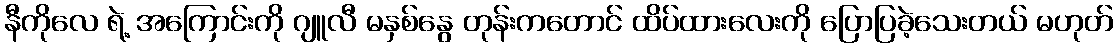
နီကိုလေ ရဲ့ အကြောင်းကို ဂျူလီ မနှစ်နွေ တုန်းကတောင် ထိပ်ထားလေးကို ပြောပြခဲ့သေးတယ် မဟုတ်